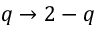
q \to 2 - q